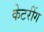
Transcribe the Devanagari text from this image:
केटरींग